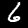
Label: 6